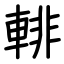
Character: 輫